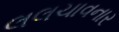
લલચાવનાર